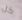
كل